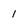
Character: 1